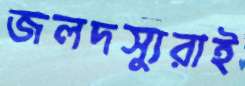
জলদস্যুরাই